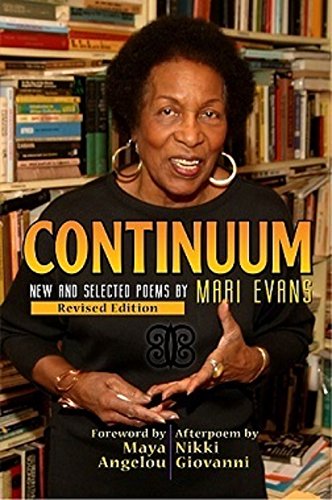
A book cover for Continuum: New And Selected Poems, Revised Edition; Mari Evans; Literature & Fiction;